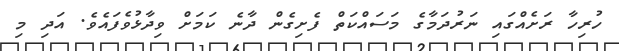
ހުރިހާ ރަށެއްގައި ނަރުދަމާގެ މަސައްކަތް ފެށިގެން ދާނެ ކަމަށް ވިދާޅުވެފައެވެ. އަދި މި